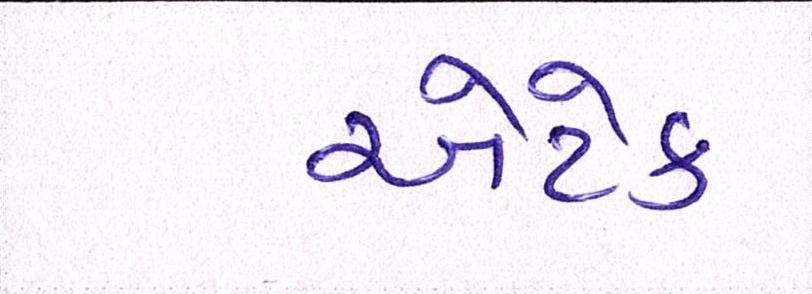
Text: એટેક